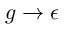
g \rightarrow \epsilon